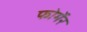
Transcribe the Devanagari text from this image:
फोर्मेर